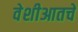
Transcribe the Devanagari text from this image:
वेशीआतचे